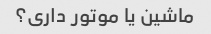
ماشین یا موتور داری؟